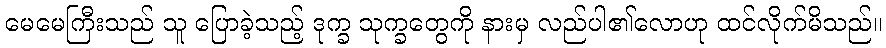
မေမေကြီးသည် သူ ပြောခဲ့သည့် ဒုက္ခ သုက္ခတွေကို နားမှ လည်ပါ၏လောဟု ထင်လိုက်မိသည်။